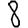
Digit: 8